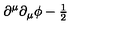
\partial ^ { \mu } \partial _ { \mu } \phi - { \textstyle \frac 1 2 }